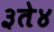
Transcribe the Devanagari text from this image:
३ते४